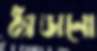
ঠ্যাঙানো